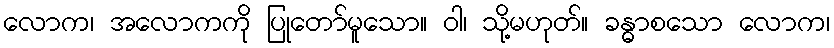
လောက၊ အလောကကို ပြုတော်မူသော။ ဝါ၊ သို့မဟုတ်။ ခန္ဓာစသော လောက၊